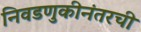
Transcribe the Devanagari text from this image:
निवडणुकीनंतरची